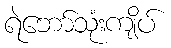
ရဲဘော်သုံးကျိပ်